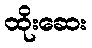
ထိုးဆေး